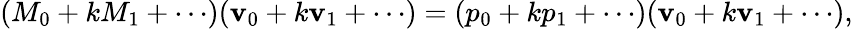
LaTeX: (M_{0}+kM_{1}+\cdots)(\boldsymbol{\mathbf{v}}_{0}+k\boldsymbol{\mathbf{v}}_{1}+\cdots)=(p_{0}+kp_{1}+\cdots)(\boldsymbol{\mathbf{v}}_{0}+k\boldsymbol{\mathbf{v}}_{1}+\cdots),